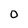
Character: O